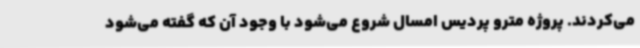
می‌کردند. پروژه مترو پردیس امسال شروع می‌شود با وجود آن که گفته می‌شود